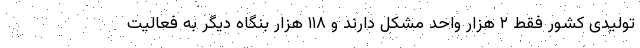
تولیدی کشور فقط ۲ هزار واحد مشکل دارند و ۱۱۸ هزار بنگاه دیگر به فعالیت